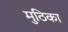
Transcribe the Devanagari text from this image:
मुठिका